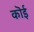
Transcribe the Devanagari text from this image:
कॊई